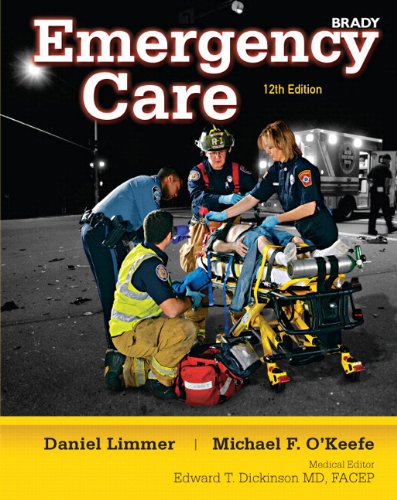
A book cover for Emergency Care and Resource Central EMS Student Access Code Card Package (12th Edition); Daniel J. Limmer EMT-P; Medical Books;